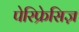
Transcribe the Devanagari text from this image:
पेरिफ्रेसिज़